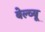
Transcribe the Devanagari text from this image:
बेल्व्यू